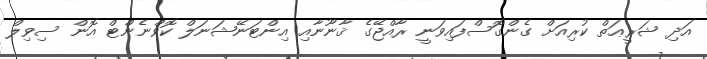
އަދި ޝަރީޢަތް ކުރިއަށް ގެންގޮސްފައިވަނީ ރާއްޖޭގެ ޤާނޫނާއި އިންޓަނޭޝަނަލް ކޮވްނެންޓް އޮން ސިވިލް